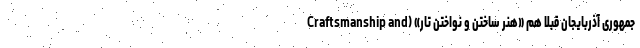
جمهوری آذربایجان قبلا هم «هنر ساختن و نواختن تار» (Craftsmanship and